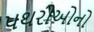
પથરીઓનો